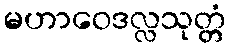
မဟာဝေဒလ္လသုတ္တံ